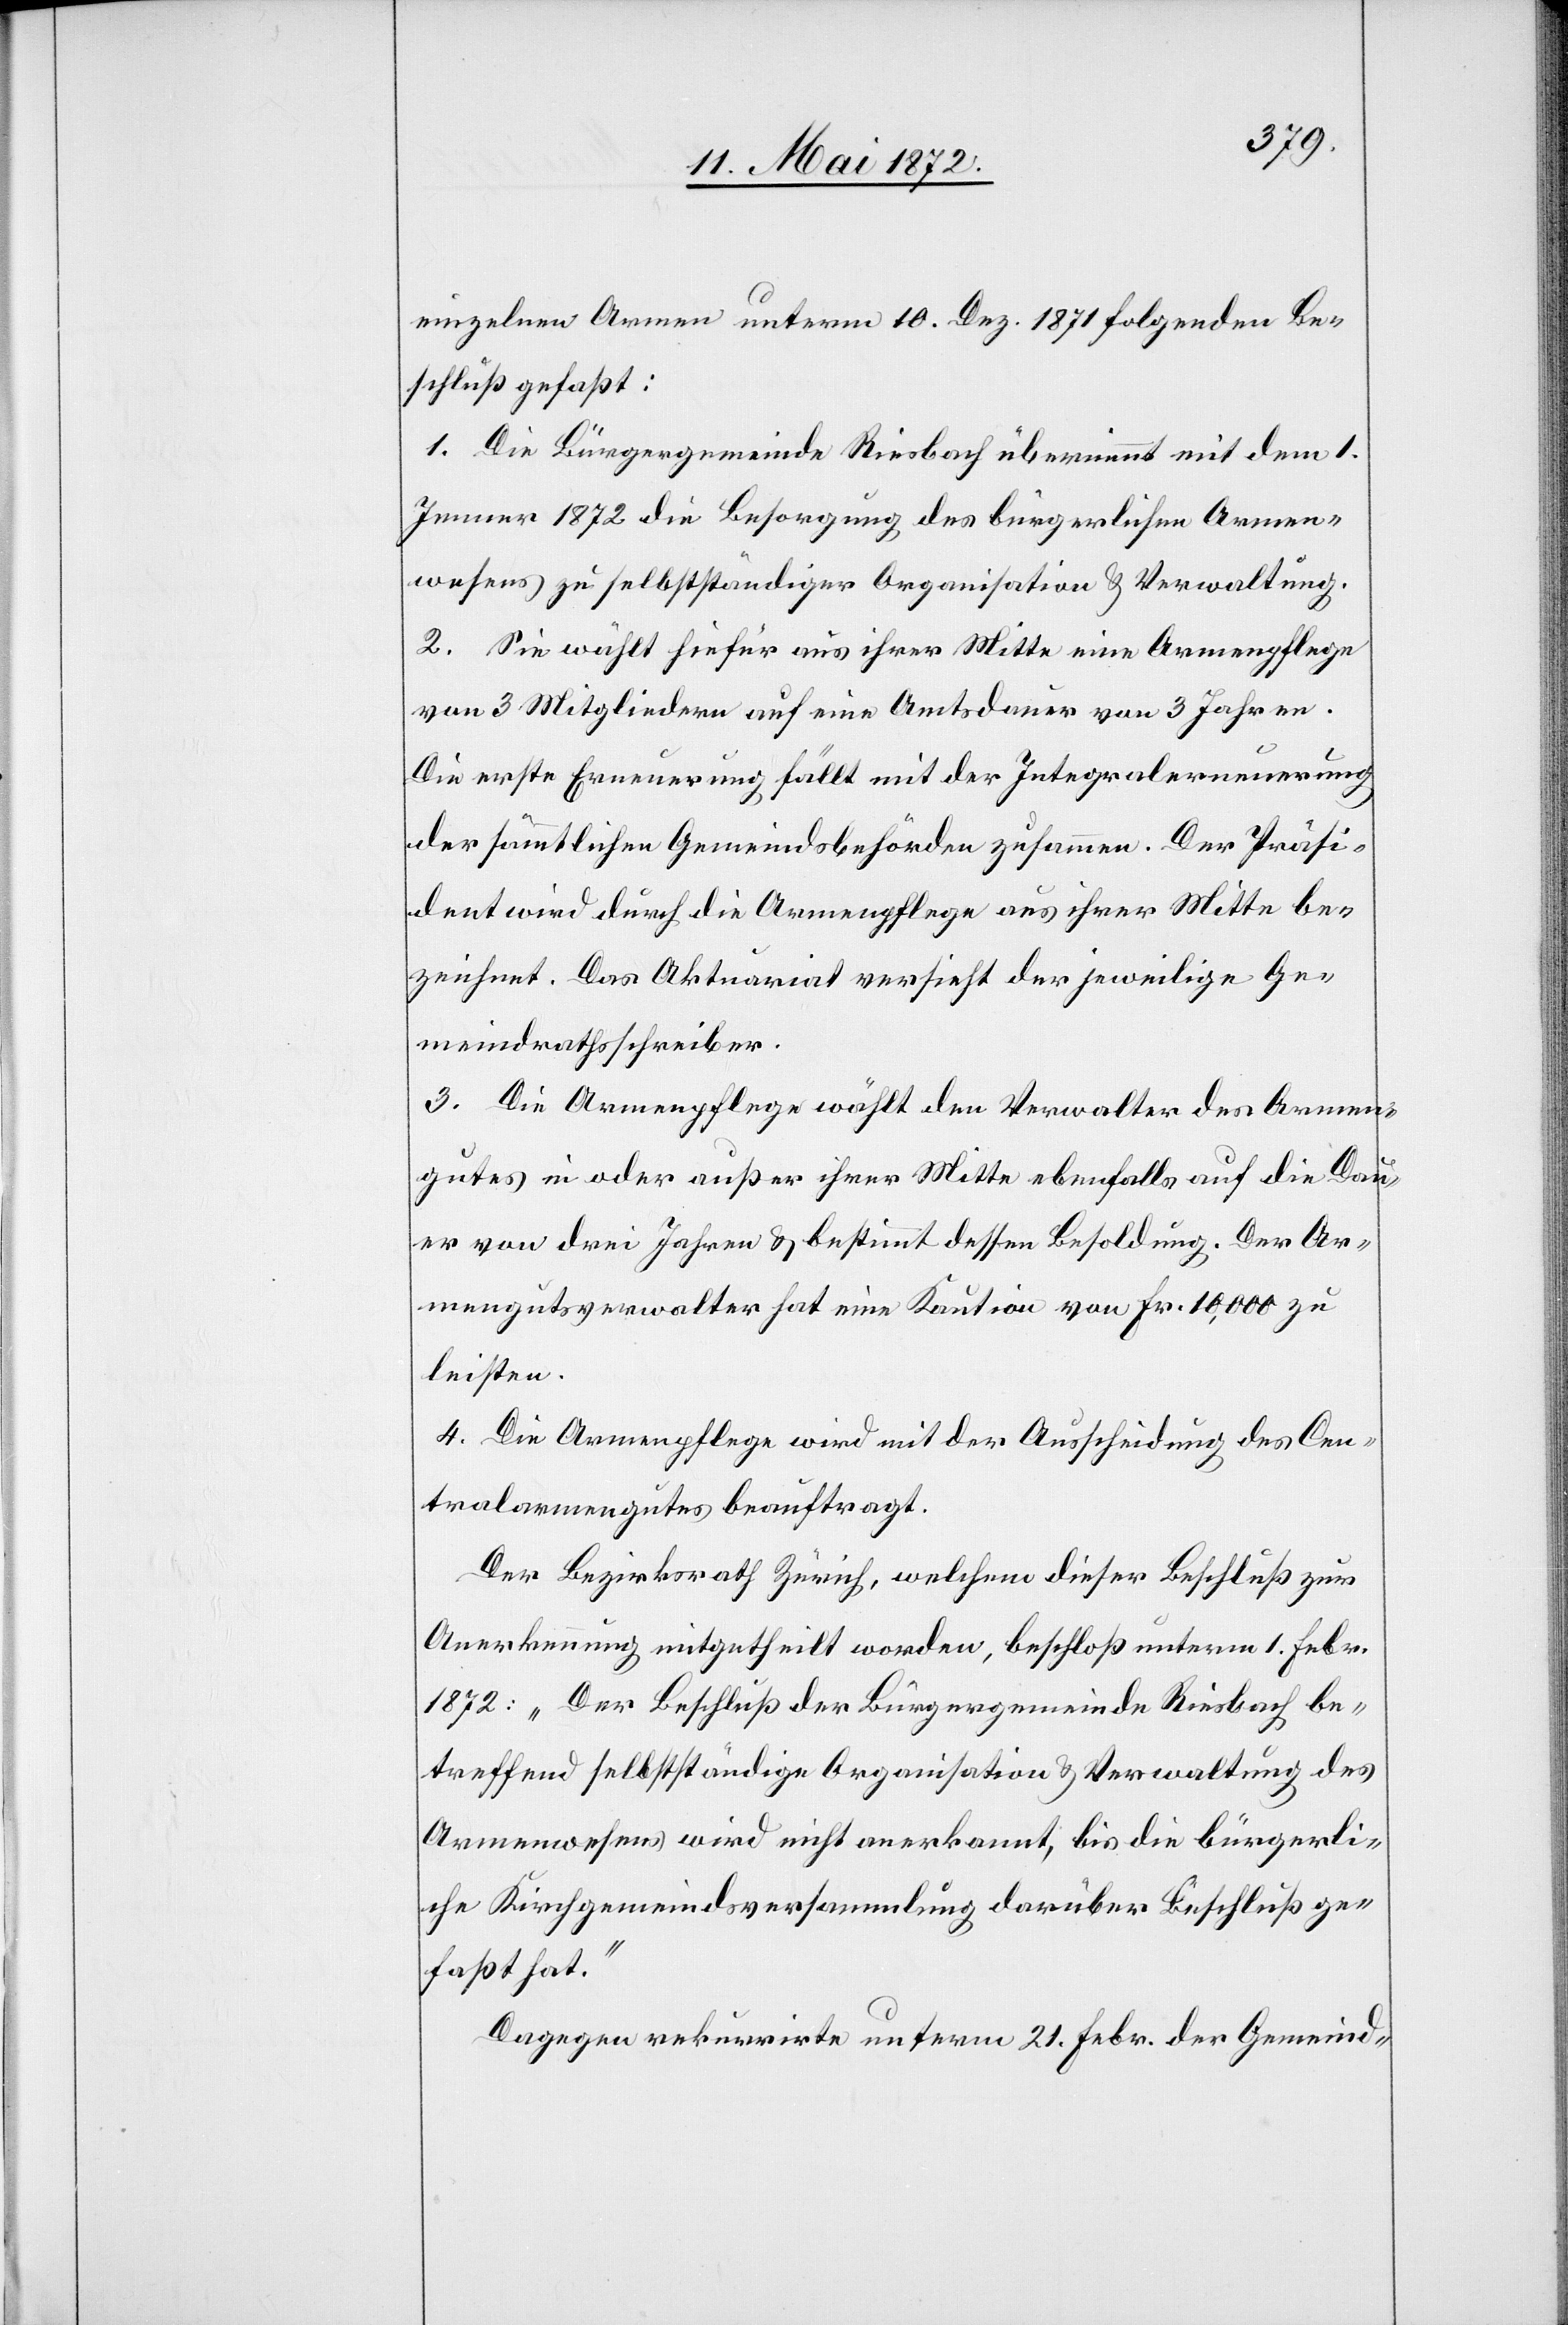
einzelnen Armen unterm 10. Dez. 1871 folgenden Be¬
schluß gefaßt:
1. Die Bürgergemeinde Riesbach übernimmt mit dem 1.
Jenner 1872 die Besorgung des bürgerlichen Armen¬
wesens zu selbstständiger Organisation u. Verwaltung.
2. Sie wählt hiefür aus ihrer Mitte eine Armenpflege
von 3 Mitgliedern auf eine Amtsdauer von 3 Jahren.
Die erste Erneuerung fällt mit der Integralerneuerung
der sämmtlichen Gemeindsbehörden zusammen. Der Präsi¬
dent wird durch die Armenpflege aus ihrer Mitte be¬
zeichnet. Das Aktuariat versieht der jeweilige Ge¬
meindrathsschreiber.
3. Die Armenpflege wählt den Verwalter des Armen¬
gutes in oder außer ihrer Mitte ebenfalls auf die Dau¬
er von drei Jahren u. bestimmt dessen Besoldung. Der Ar¬
mengutsverwalter hat eine Kaution von Fr. 10,000 zu
leisten.
4. Die Armenpflege wird mit der Ausscheidung des Cen¬
tralarmengutes beauftragt.
Der Bezirksrath Zürich, welchem dieser Beschluß zur
Anerkennung mitgetheilt worden, beschloß unterm 1. Febr.
1872: „Der Beschluß der Bürgergemeinde Riesbach be¬
treffend selbstständige Organisation u. Verwaltung des
Armenwesens wird nicht anerkannt, bis die bürgerli¬
che Kirchgemeindsversammlung darüber Beschluß ge¬
faßt hat.“
Dagegen rekurrite unterm 21. Febr. der Gemeind-